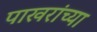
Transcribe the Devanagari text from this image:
पाखरांच्या